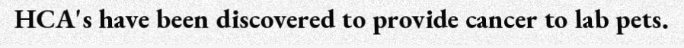
HCA's have been discovered to provide cancer to lab pets.